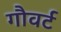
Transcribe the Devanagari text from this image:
गौवर्ट